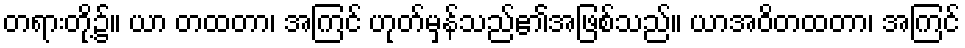
တရားတို့၌။ ယာ တထတာ၊ အကြင် ဟုတ်မှန်သည်၏အဖြစ်သည်။ ယာအဝိတထတာ၊ အကြင်